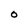
Character: O